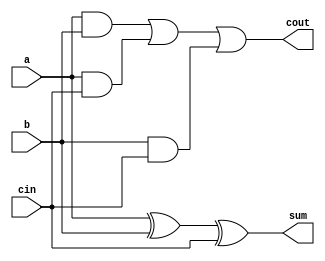
/*
   This file was generated automatically by Alchitry Labs version 1.2.7.
   Do not edit this file directly. Instead edit the original Lucid source.
   This is a temporary file and any changes made to it will be destroyed.
*/

module one_bit_adder_19 (
    input a,
    input b,
    input cin,
    output reg sum,
    output reg cout
  );
  
  
  
  always @* begin
    sum = a ^ b ^ cin;
    cout = (a & b) | (a & cin) | (b & cin);
  end
endmodule